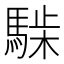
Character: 𩤋